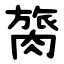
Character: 膐